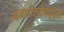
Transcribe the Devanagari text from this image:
उद्यमशीलतेबद्द्ल